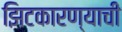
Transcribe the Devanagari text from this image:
झिटकारण्याची